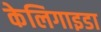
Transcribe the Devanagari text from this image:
केलिगाइडा